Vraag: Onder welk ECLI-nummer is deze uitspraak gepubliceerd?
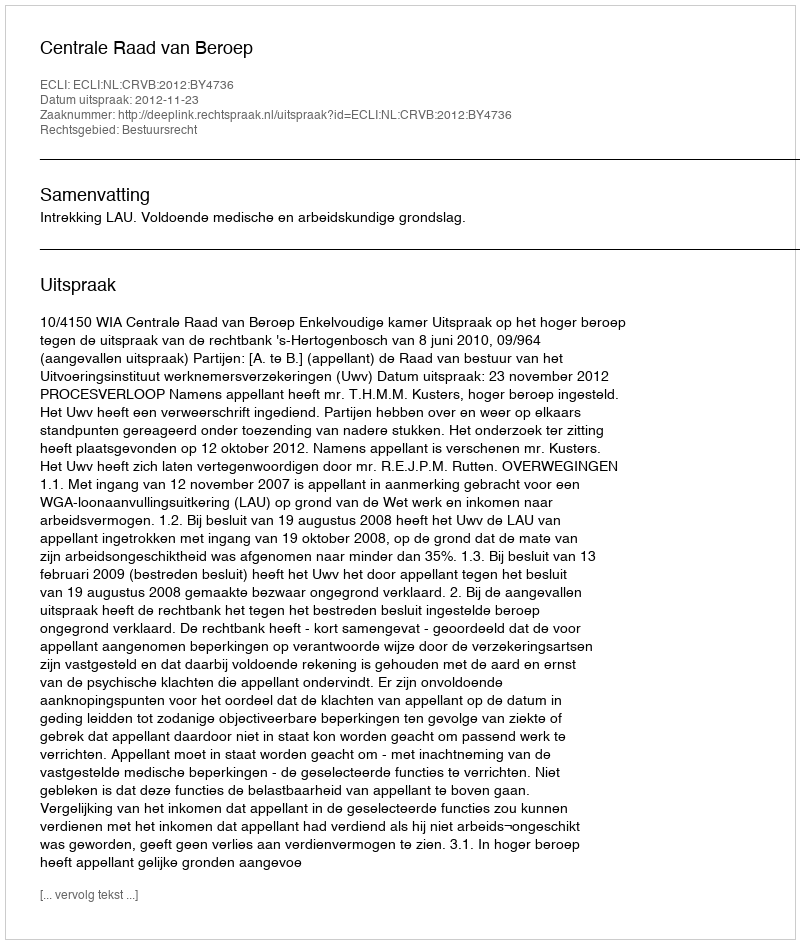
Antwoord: ECLI:NL:CRVB:2012:BY4736